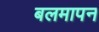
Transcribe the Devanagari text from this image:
बलमापन